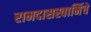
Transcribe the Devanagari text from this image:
रामदासस्वामिंचे